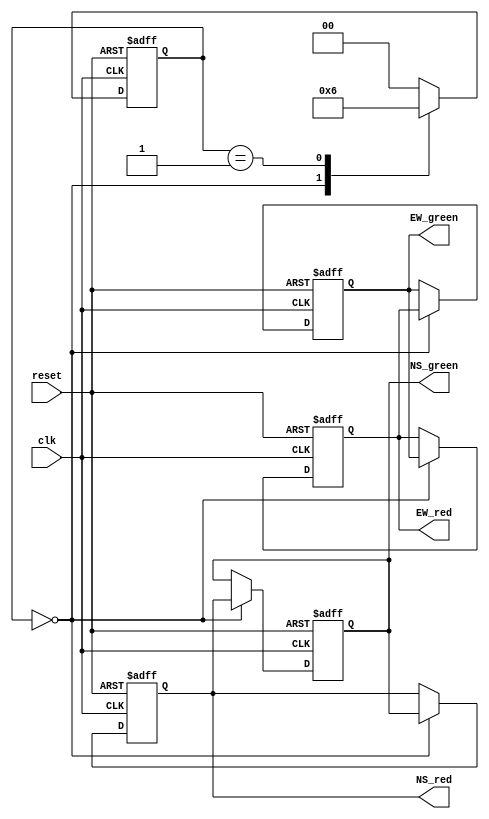
module B220019CS_ARUN_2(output reg NS_red, NS_green, EW_red, EW_green,input clk, reset);

    parameter A = 2'b00, B = 2'b01, C = 2'b10, D = 2'b11;

    reg [1:0] state, nextstate;

    reg temp_NS, temp_EW;

    always @(posedge clk or posedge reset) begin
        if (reset) begin
            state <= A;
        end else begin
            state <= nextstate;
        end
    end

    always @(*) begin
        case (state)
		  
            A: nextstate = B;
				
            B: nextstate = C;
				
				
            C: nextstate = A;
				
            default: nextstate = A;
				
        endcase
    end

    always @(posedge clk or posedge reset) begin
        
		  if (reset) begin
		  
            NS_green = 1;
            NS_red = 0;
				
            EW_green = 0;
            EW_red = 1;
				
        end 
		  
		  else begin
            if (state == A) begin
				
                temp_NS = NS_green;
                NS_green = NS_red;
                NS_red = temp_NS;

                temp_EW = EW_green;
                EW_green = EW_red;
                EW_red = temp_EW;
					 
            end 
        end
    end

endmodule